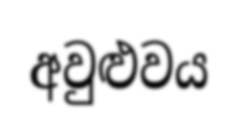
අවුළුවය